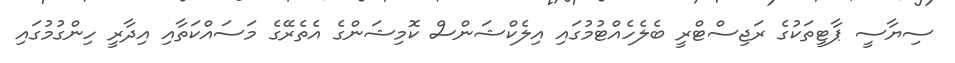
ސިޔާސީ ޕާޓީތަކުގެ ރަޖިސްޓްރީ ބެލެހެއްޓުމުގައި އިލެކްޝަންސް ކޮމިޝަންގެ އެތެރޭގެ މަސައްކަތާއި އިދާރީ ހިންގުމުގައި